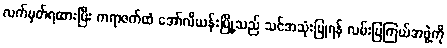
လက်မှတ်ရထားပြီး ကရာဇက်ထံ အော်လီယန်းမြို့သည် သင်အသုံးပြုရန် လမ်းပြကြယ်အဖွဲ့ကို